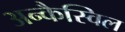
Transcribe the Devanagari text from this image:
अन्कैस्विल